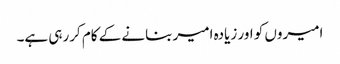
امیروں کو اور زیادہ امیر بنانے کے کام کررہی ہے۔